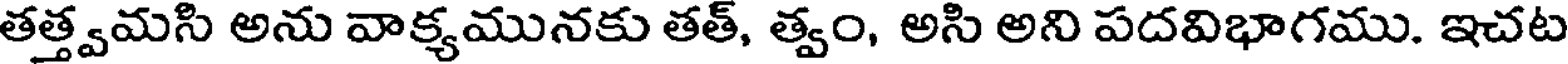
తత్త్వమసి అను వాక్యమునకు తత్, త్వం, అసి అని పదవిభాగము. ఇచట